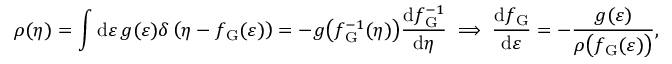
\rho ( \eta ) = \int \mathrm { d } \varepsilon \, g ( \varepsilon ) \delta \left( \eta - f _ { \mathrm { G } } ( \varepsilon ) \right) = - g \big ( f _ { \mathrm { G } } ^ { - 1 } ( \eta ) \big ) \frac { \mathrm { d } f _ { \mathrm { G } } ^ { - 1 } } { \mathrm { d } \eta } \implies \frac { \mathrm { d } f _ { \mathrm { G } } } { \mathrm { d } \varepsilon } = - \frac { g ( \varepsilon ) } { \rho \big ( f _ { \mathrm { G } } ( \varepsilon ) \big ) } ,